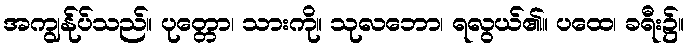
အကျွန်ုပ်သည်။ ပုတ္တော၊ သားကို။ သုလဘော၊ ရလွယ်၏။ ပထေ၊ ခရီး၌။